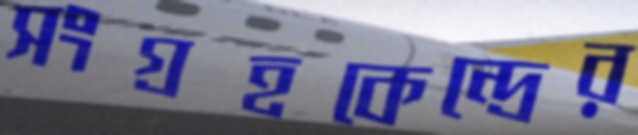
সংগ্রহকেন্দ্রের